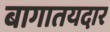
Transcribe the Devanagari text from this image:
बागातयदार